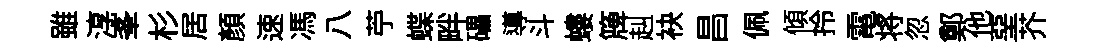
雖淳峯杉居顔速馮八苧蝶畔礧導斗螻簰赳袂昌佩傾拎電将忽鄭他堊芥